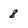
Character: 8